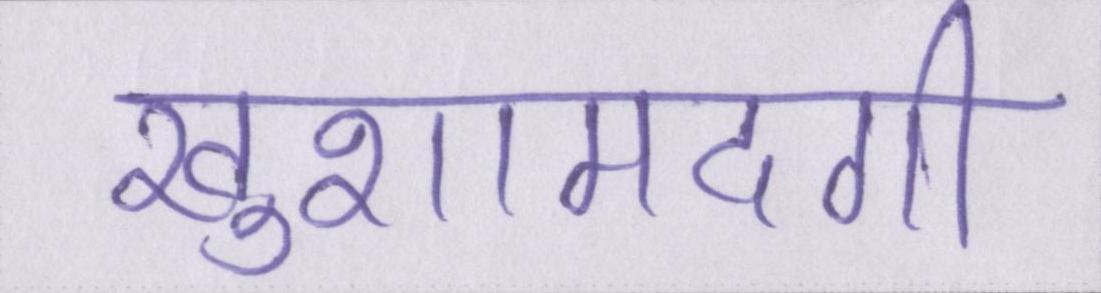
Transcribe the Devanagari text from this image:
खुशामदगी